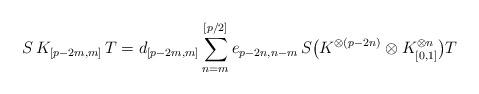
LaTeX: \begin{align*} S \, K_{[p-2m,m]} \, T = d_{[p-2m,m]} \sum_{n=m}^{[p/2]} e_{p-2n,n-m} \, S \bigl( K^{\otimes(p-2n)} \otimes K_{[0,1]}^{\otimes n} \bigr) T\end{align*}